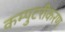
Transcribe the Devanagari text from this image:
कम्पुटरीकरण